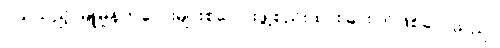
ငယ်သည့် မြူမှုန်ကလေးများစုပေါင်းဖွဲ့စည်းထားခြင်းပင်ဖြစ်လေသည်။